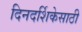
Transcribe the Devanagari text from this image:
दिनदर्शिकेसाठी